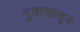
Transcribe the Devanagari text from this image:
पुलाखालून